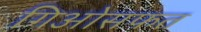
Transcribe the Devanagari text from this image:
गिओसफत